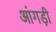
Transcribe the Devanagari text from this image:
आंगड़ी